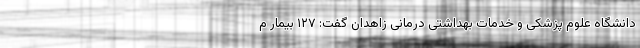
دانشگاه علوم پزشکی و خدمات بهداشتی درمانی زاهدان گفت: ۱۲۷ بیمار م